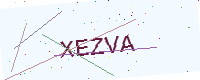
Text: XEZVA